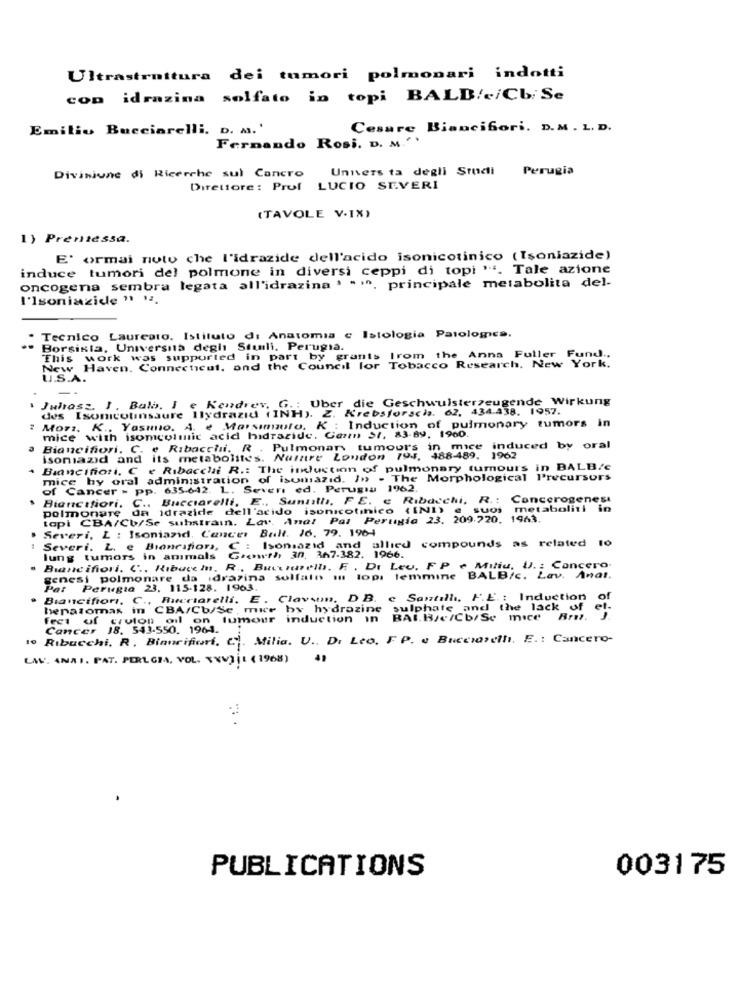
Ultrastruttura dei tumori polmonari indotti
con idrazina solfato in topi BALB/c/Cb. Se
Emilio Bucciarelli. D. M.'
Cesare Biancifiori, D.M . L. D.
Fernando Rosi. D. M.''
Unners ta degli Studi Perugia
Divisione di Ricerche sul Cancro
Direttore: Prof LUCIO SEVERI
(TAVOLE V-IX)
1) Prentessa.
E' ormai noto che l'idrazide dell'acido isonicotinico (Isoniazide)
induce tumori del polmone in diversi ceppi di topi "a. Tale azione
oncogena sembra legata all'idrazina 1 - 1º, principale metabolita del-
I'Isoniazide "1 12.
Tecnico Laureato. Istituto di Anatomia e Istologia Patologica.
Borsista, Università degli Stuili, Perugia.
This work was supported in part by grants Irom the Anna Fuller Fund ..
New Haven, Connecticut, and the Council for Tobacco Research, New York.
U.S.A.
Juhasz. I. Balb. I e Kendrev, G. : Uber die Geschwulsterzeugende Wirkung
Z. Krebslorscis. 62, 434.438. 1957.
" Mors. K ., Yasuno. A. e Marsımauto. K : Induction of pulmonary tumors in
des Isomcotinsaure Ilydrazid (INH).
mice with isomcolmic acid hidrazide. Geren St, 83-89, 1960.
Biancifiori. C. e Ribacchi. R . Pulmonar tumours in mice induced by oral
isoniazid and its metabolites. Nurare London 794, 488-489. 1962
Biancifiori, C e Ribacchi R .: The induction of pulmonary tumours in BALB/c
mice by oral administration of isumazid. In . The Morphological Precursors
of Cancer - pp. 635-642. L. Sever ed. Perugia 1962.
Biancafiori. C ., Bucciarelli, E ., Sunulla, FE. e Ribacchi, R .: Cancerogenesi
polmonare da idrazide dell'acido isonicotinico (INI)
suoi metaboliti in
topi CBA/Cb/Se substrain. Lav. Anal Pai Perugia 23. 209.720. 1963.
Severi, L : Isoniazid. Cancer Bull. 16. 79. 1964
Severi. L. e Bioneations, C : Isoniazid and allied compounds as related to
lung tumors in animals Growth, 30. 367-382. 1966.
. Buancifiori. C ., Ribuce In. R ., Buenarelb. F. , Di Leu. FP e Miliu, U .: Concero
genesi polmonare da idrazina sulfato in lopi femmine BALB/c. Lav. Anat.
Pat Perugia 23, 115-128. 1963.
Biancifiori, C ., Bucciarelli, E . Clavam, D B. c Santilli, H.E .: Induction
henatomas in CBA/Cb/Se , mue by hydrazine sulphate and the lack of
et .
fect of cruton oil on tumour induction in
BAI.B/c/Cb/Se mice Brut.
Cancer 18. 543-550. 1964.
10 Ribucchi, R. Bianrifiori, C). Milia. U ., Di Leo, F P. e Bucciarelli, E .: Cancero-
LAV. ANA I. PAT. PERLGIA, VOL. TUJ IL ( 1968)
41
PUBLICATIONS
003175